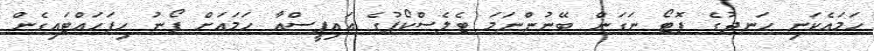
ހަމައެކަނި ހަނދުގެ ފޮޓޯ ނަގަން ބޭނުންނަމަ ޓެލެސްކޯޕުގެ އައިޕީސްއާ ހަމައަށް ފޯނު ހިފަހައްޓައިގެން